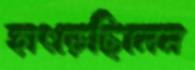
হাৎড়েছিলেন